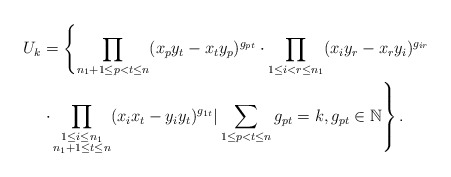
\begin{align*}U_k&=\left\{\prod\limits_{\substack{n_1+1\leq p<t\leq n}} ({x_p y_{t}}-x_{t}y_{p})^{g_{pt}}\cdot \prod\limits_{\substack{1\leq i<r\leq n_1}} ({x_i y_{r}}-x_{r}y_{i})^{g_{ir}}\right.\\&\left.\cdot \prod\limits_{\substack{1\leq i\leq n_1\\ n_1+1\leq t \leq n}}(x_ix_t-y_iy_t)^{g_{1t}}| \sum\limits_{1\leq p<t\leq n} g_{pt}=k, g_{pt}\in\mathbb{N} \right\}.\end{align*}